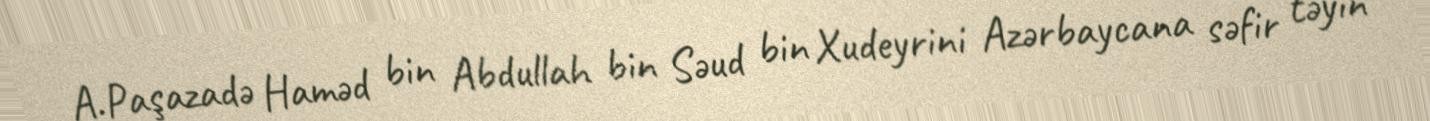
A.Paşazadə Haməd bin Abdullah bin Səud bin Xudeyrini Azərbaycana səfir təyin